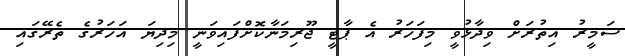
ސަމީރު އިތުރަށް ވިދާޅުވީ މިފަހަރު އެ ޕާޓީ ޖޫރިމަނާކޮށްފައިވަނީ މިދިޔަ އަހަރުގެ ތެރޭގައި